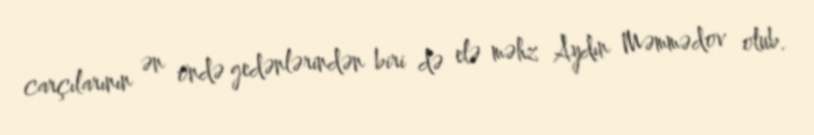
carçılarının ən öndə gedənlərindən biri də elə məhz Aydın Məmmədov olub.